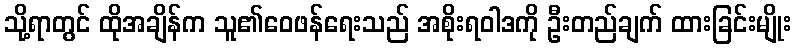
သို့ရာတွင် ထိုအချိန်က သူ၏ဝေဖန်ရေးသည် အစိုးရဝါဒကို ဦးတည်ချက် ထားခြင်းမျိုး